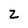
Character: Z